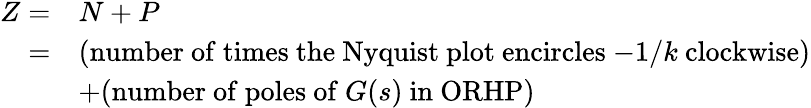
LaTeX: {\begin{array}{rl}{Z=}&{N+P}\\ {=}&{{\mathrm{(number~of~times~the~Nyquist~plot~encircles~}}{-1/k}{\mathrm{~clockwise)}}}\\ &{+{\mathrm{(number~of~poles~of~}}G(s){\mathrm{~in~ORHP)}}}\end{array}}